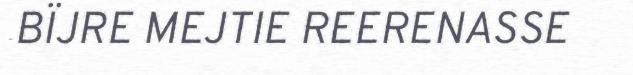
BÏJRE MEJTIE REERENASSE